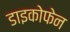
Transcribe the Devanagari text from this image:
डाइकोफेन